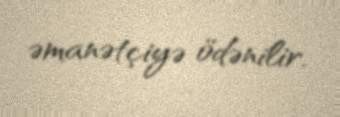
əmanətçiyə ödənilir.